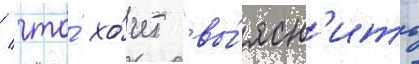
/ что́ хо́чет "вы́ясн'ить